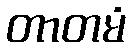
တာတမံ